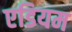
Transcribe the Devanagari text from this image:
एडियम